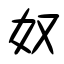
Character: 奴